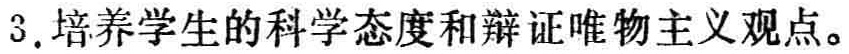
3. 培养学生的科学态度和辩证唯物主义观点。